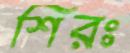
শিরঃ